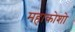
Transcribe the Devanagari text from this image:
महाकोशो